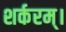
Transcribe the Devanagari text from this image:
शर्करम्।